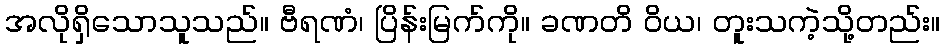
အလိုရှိသောသူသည်။ ဗီရဏံ၊ ပြိန်းမြက်ကို။ ခဏတိ ဝိယ၊ တူးသကဲ့သို့တည်း။